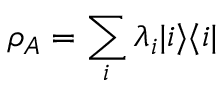
\rho _ { A } = \sum _ { i } \lambda _ { i } | i \rangle \langle i |